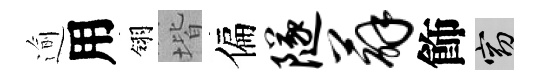
逾用翎堦偏隧薜飾窈